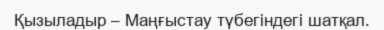
Қызыладыр – Маңғыстау түбегіндегі шатқал.